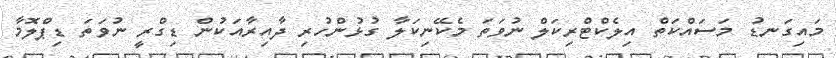
މައިގަނޑު މަސައްކަތް އިލެކްޓްރިކަލް ނުވަތަ މެކޭނިކަލާ ގުޅުންހުރި ދާއިރާއަކުން ޑިގްރީ ނުވަތަ ޑިޕްލޮމާ